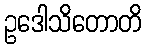
ဥဒေါသိတောတိ